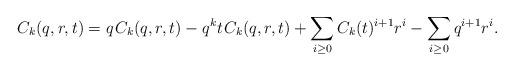
LaTeX: \begin{align*}C_k(q,r,t) = q \kern+1pt C_k(q,r,t) - q^k t \kern+1pt C_k(q,r,t) + \sum_{i \geq 0} C_k(t)^{i+1} r^i - \sum_{i \geq 0} q^{i+1} r^i.\end{align*}